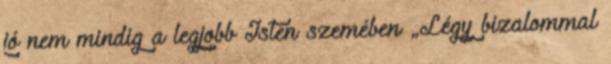
jó nem mindig a legjobb Isten szemében „Légy bizalommal